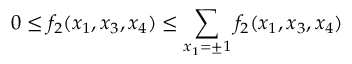
0 \le f _ { 2 } ( x _ { 1 } , x _ { 3 } , x _ { 4 } ) \le \sum _ { x _ { 1 } = \pm 1 } f _ { 2 } ( x _ { 1 } , x _ { 3 } , x _ { 4 } )